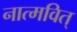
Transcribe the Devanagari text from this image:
नात्मवित्‌